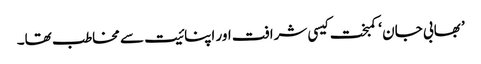
’ بھابی جان ‘ کمبخت کیسی شرافت اور اپنائیت سے مخاطب تھا۔